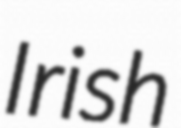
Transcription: Irish